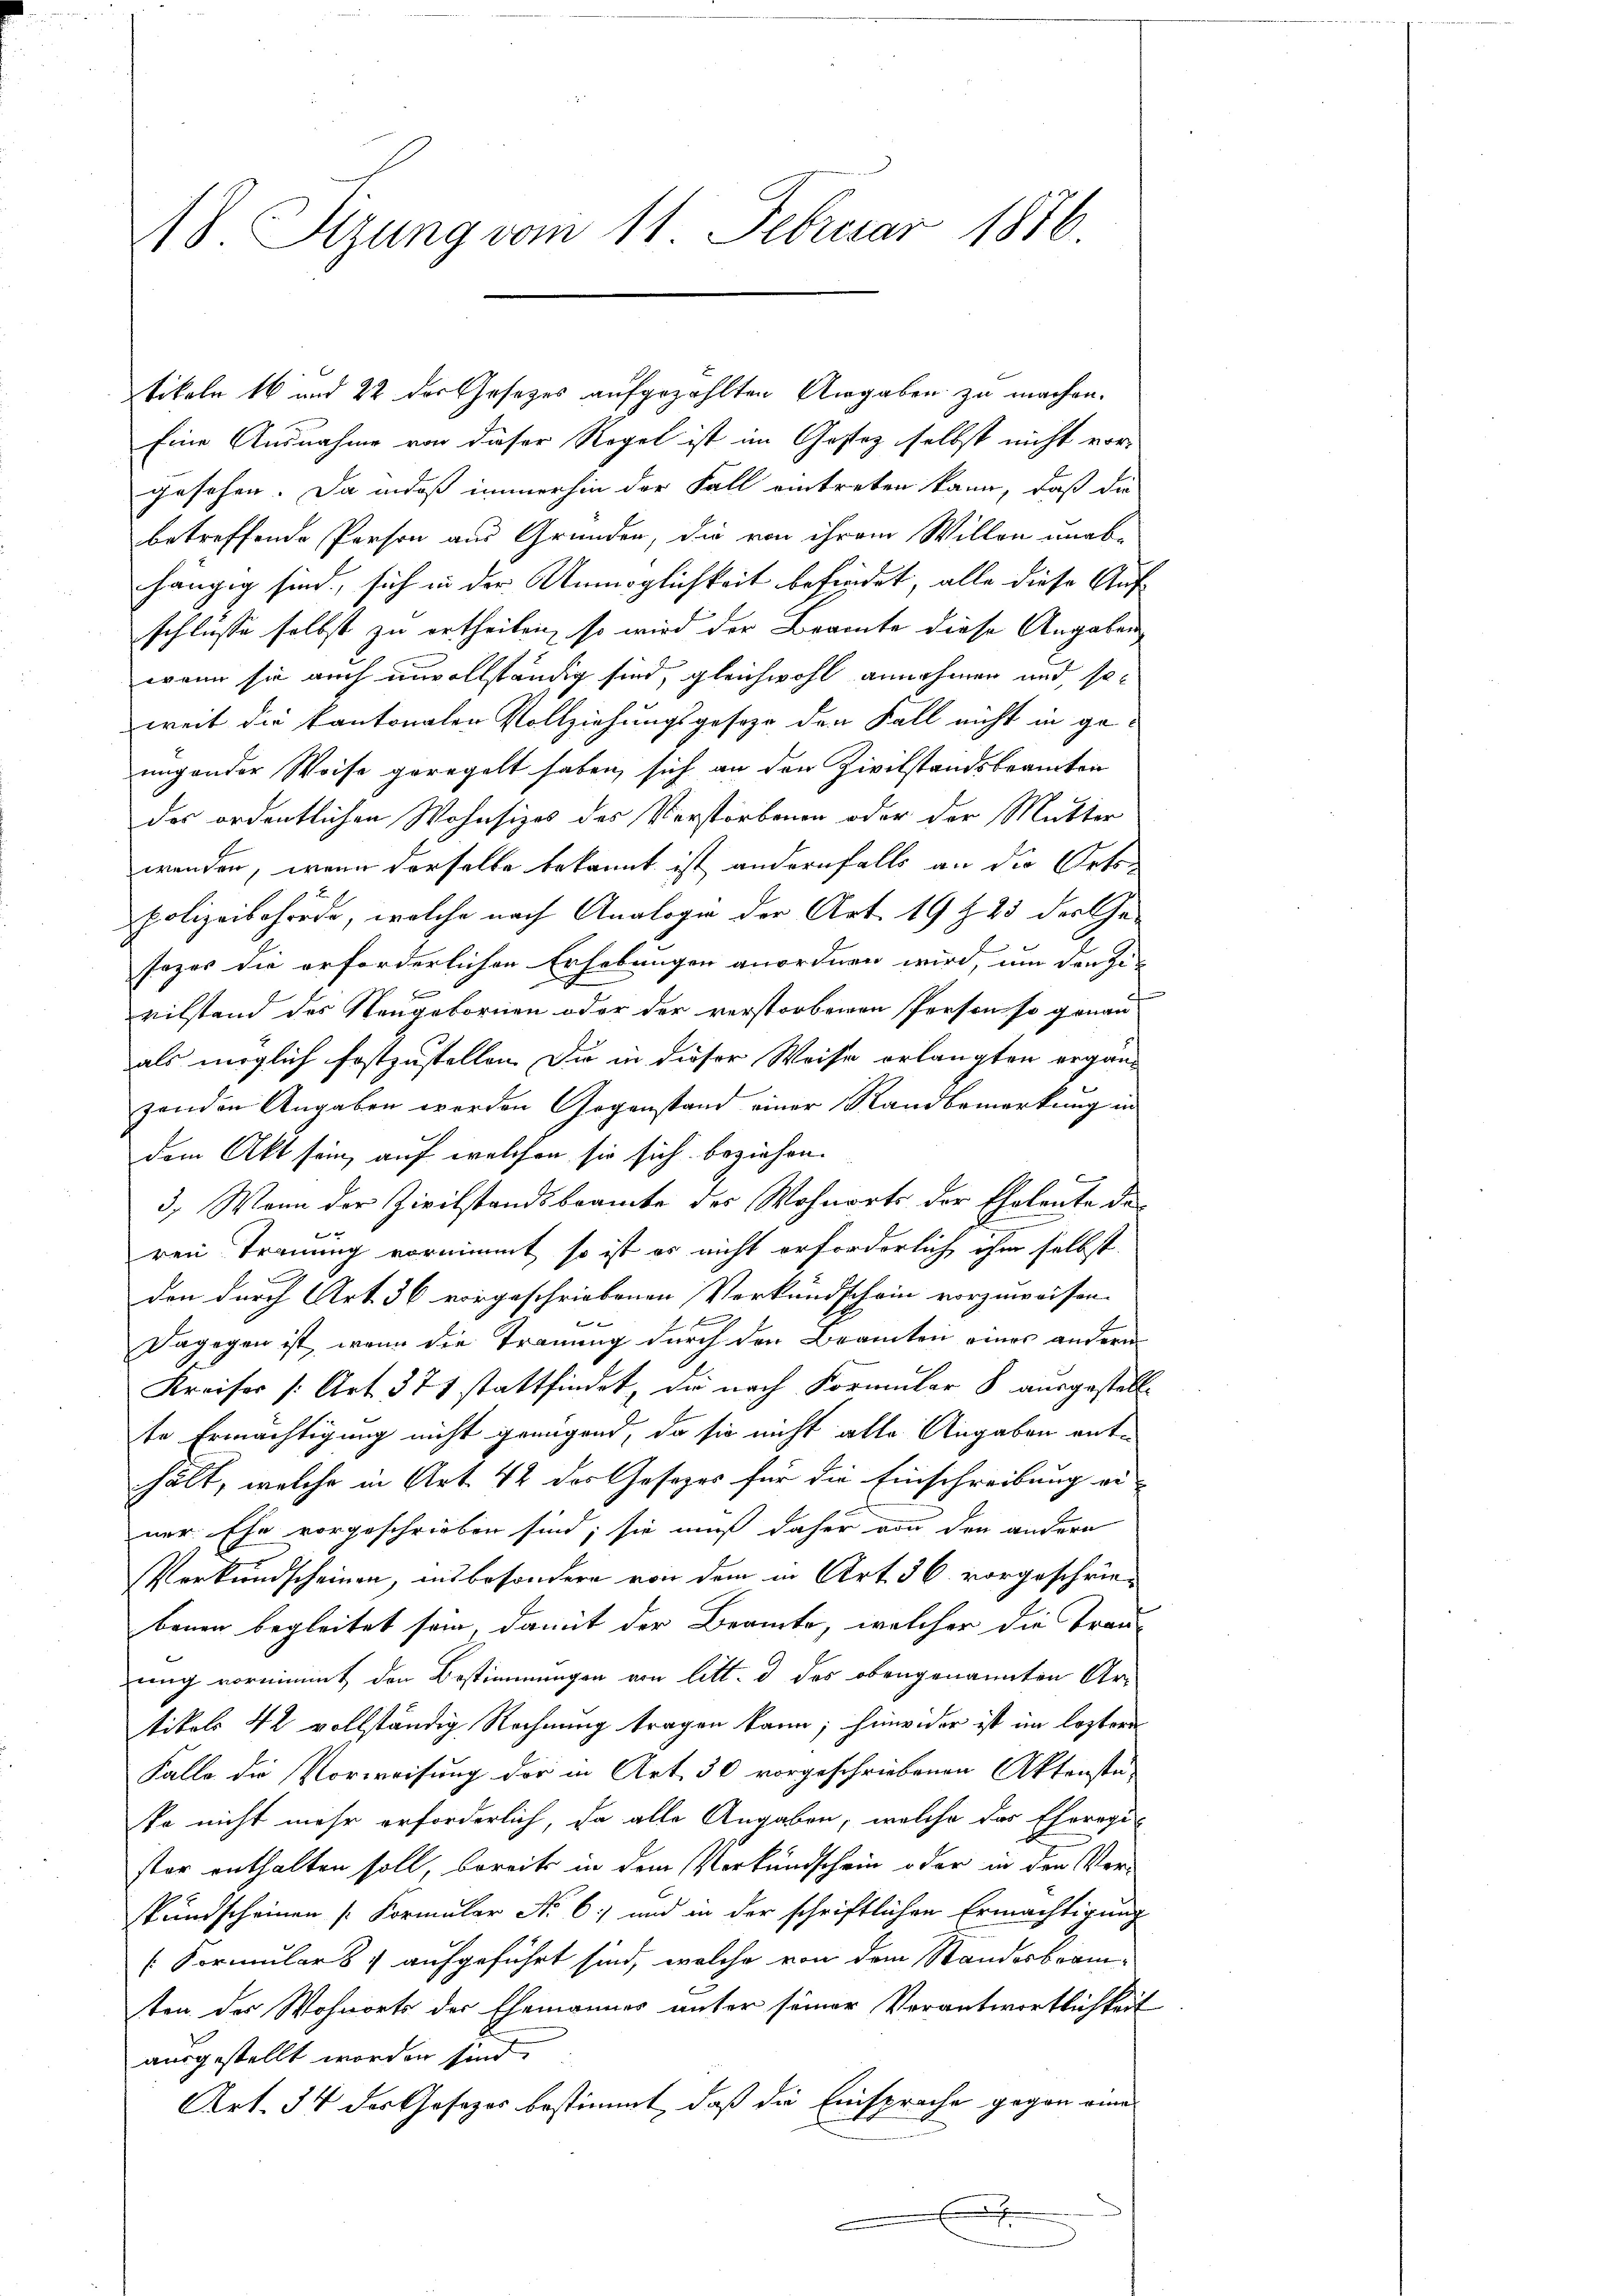
18 Sizung vom 11. Februar 1886

tikeln 16 und 22 der Gesetzes aufgezählten Angaben zu machen.
Eine Ausnahme von dieser Regel ist im Gestez selbst nicht vor-
gesehen. Da indeß immerhin der Fall eintreten kann, daß die
betreffende Person aus Gründen, die von ihrem Willen unab-
hängig sind, sich in der Unmöglichkeit befindet, alle diese Auf-
schlüsse selbst zu ertheilen, so wird der Beamte diese Angaben
wann sie auch unvollständig sind, gleichwohl annehmen und sei
weit die kantonalen Vollziehungsgeseze den Fall nicht in ge-
ungender Weise geregelt haben, sich an den Zivilstandsbeamten
des ordentlichen Wohnsizes des Verstorbenen oder der Mutter
wenden, wenn derselbe bekannt ist andernfalls an die Orts
polizeibehörde, welche nach Analogie der Art. 19 f 23 der Gesazer die erforderlichen Erhebungen anordnen wird, um darge-
vilstand des Neugebornen oder der verstorbenen Person so genau-
als möglich festzustellen. Die in dieser Weise erlangten ergän-
zenden Angaben werden Gegenstand einer Sandbemerkung in
dem Akt sein, auf welchen sie sich beziehen.
3. Wenn der Zivilstandsbeamte des Wohnorts der Eheleute des
x
ren Trauung vornimmt, so ist es nicht erforderlich ihm selbst.
den durch Art. 36 vorgeschriebenen Vorkundschein vorzuweisen.
2 x
Dagegen ist, wenn die Trauung durch den Beamten eines andern
Kreiser (Art. 371 stattfindet, die nach Kormular 8 ausgestellte Ermächtigung nicht genügend, da sie nicht alle Angaben enthält, welche in Art. 42 der Gesezes für die Einschreibung ei-
ner. Ehe vorgeschrieben sind; sie muß daher von den andern
Verkundscheinen, insbesondere von dem in Art. 36. vorgeschriebenen begleitet sein, damit der Beamte, welcher die Trau-
ung vornimmt den Bestimmungen von litt. d des obengenannten Artikels 42 vollständig Rechnung tragen kann; hinwider ist im lostern
Falle die Vorweisung der in Art. 30 vorgeschriebenen Aktenste-
ke nicht mehr erforderlich, da alle Angaben, welche das Ehorogi-
ster enthalten soll, bereits in dem Verkundschein oder in den Ver-
kundscheinen Formular No. 6) und in der schriftlichen Ermächtigung
[Formulars aufgeführt sind, welche von dem Standesbrausten der Wohnorts der Ehemannes unter seiner Verantwortlichkeit
ausgestellt worden sind.
Art. 54 der Gesezes bestimmt, daß die Einsprache gegen eine

n